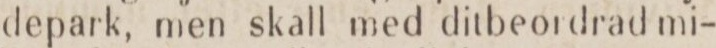
depark, men skall med ditbeordrad mi-